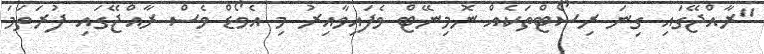
"ރާއްޖޭގައި ގިނަ ރިސޯޓްތަކެއް ނޮމިނޭޓް ވެފައިވާއިރު މި އެވޯޑް ވެސް ރާއްޖޭގައި ފުރަތަމަ